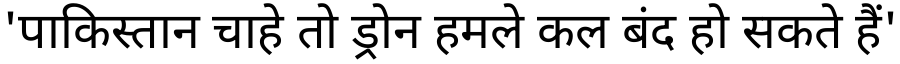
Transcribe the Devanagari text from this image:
'पाकिस्तान चाहे तो ड्रोन हमले कल बंद हो सकते हैं'